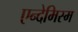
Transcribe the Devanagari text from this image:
एन्देमिस्म